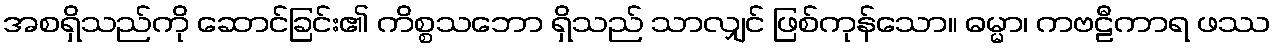
အစရှိသည်ကို ဆောင်ခြင်း၏ ကိစ္စသဘော ရှိသည် သာလျှင် ဖြစ်ကုန်သော။ ဓမ္မာ၊ ကဗဠီကာရ ဖဿ